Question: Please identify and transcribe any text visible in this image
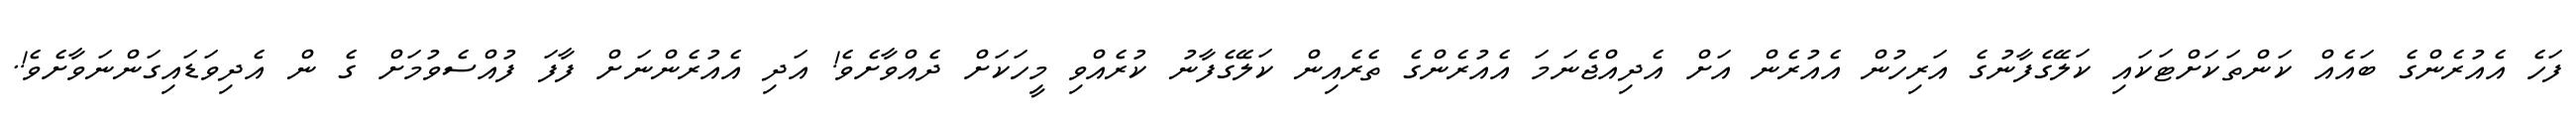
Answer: ފަހެ އެއުރެންގެ ބައެއް ކަންތަކަށްޓަކައި ކަލޭގެފާނުގެ އަރިހުން އެއުރެން އަށް އެދިއްޖެނަމަ އެއުރެންގެ ތެރެއިން ކަލޭގެފާނު ކުރެއްވި މީހަކަށް ދެއްވާށެވެ! އަދި އެއުރެންނަށް ފާފަ ފުއްސެވުމަށް ގެ ން އެދިވަޑައިގަންނަވާށެވެ!.